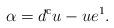
LaTeX: \begin{align*} \alpha=d^{\mathrm c}u-ue^1.\end{align*}